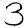
Digit: 3